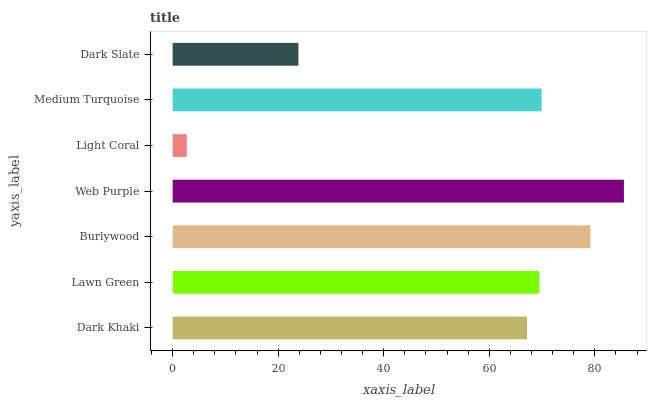
| yaxis_label | bars |
 | --- | --- |
 | Dark Khaki | 67.1 |
 | Lawn Green | 69.5 |
 | Burlywood | 79.2 |
 | Web Purple | 85.5 |
 | Light Coral | 2.68 |
 | Medium Turquoise | 69.9 |
 | Dark Slate | 23.8 |